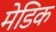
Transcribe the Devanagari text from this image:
मेडिक